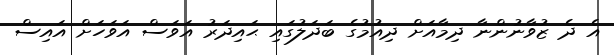
އެ ދެ ޒުވާނުންނާ ދިމާއަށް ދިއުމުގެ ބަދަލުގައި ޙައިދަރު އަވަސް އަވަހަށް އައިސް